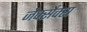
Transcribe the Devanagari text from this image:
जेर्क्सेक्स